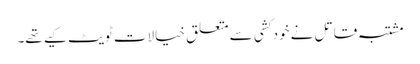
مشتبہ قاتل نے خود کشی سے متعلق خیالات ٹویٹ کیے تھے۔